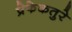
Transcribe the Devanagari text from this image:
प्रेफेकतुरे